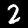
Digit: 2